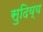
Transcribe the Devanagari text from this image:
सुदिव्य